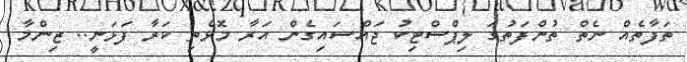
ތަފާތެއް ނެތް ތުންފަތުގަ ލިޕްސްޓިކު ޖައްސައިގެން އަރާ މޮޅެތި ކަރާ ފަޅަނީ.. ޒިންމާ